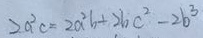
2 a ^ { 2 } c = 2 a ^ { 2 } b + 2 b c ^ { 2 } - 2 b ^ { 3 }